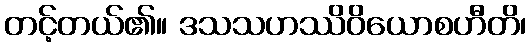
တင့်တယ်၏။ ဒသသဟဿိဝိယောစဟီတိ၊